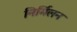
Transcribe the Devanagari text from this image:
निर्मिलन